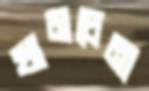
খামচেনা